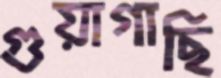
গুয়াগাছি